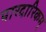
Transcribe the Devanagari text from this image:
पारदारिकम्